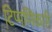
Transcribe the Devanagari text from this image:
टिप्पणिकारी